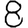
Digit: 8